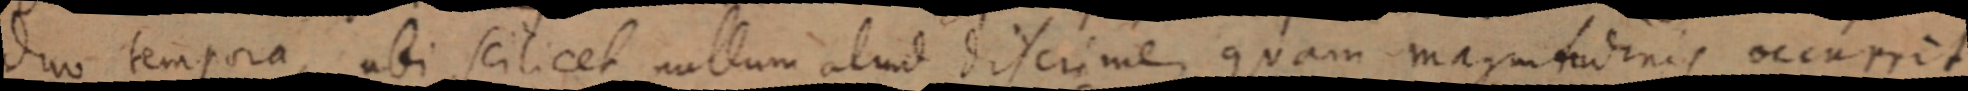
duo tempora, abi scilicet nullum aliud discrimem quam magnitudinis occurrit